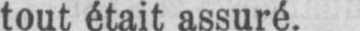
tout était assuré.